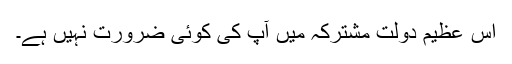
اس عظیم دولت مشترکہ میں آپ کی کوئی ضرورت نہیں ہے۔